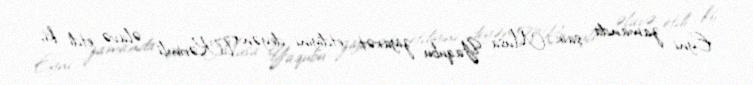
Eyni zamanda şair Musa Yaqubu ziyarət etdiyini deyən T.Kərimli əlavə etdi ki,